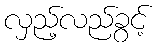
လှည့်လည်ခွင့်